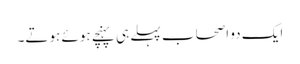
ایک دو اصحاب پہلے ہی پہنچے ہوئے ہوتے۔